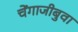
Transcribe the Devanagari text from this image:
चेंगाजीबुवा